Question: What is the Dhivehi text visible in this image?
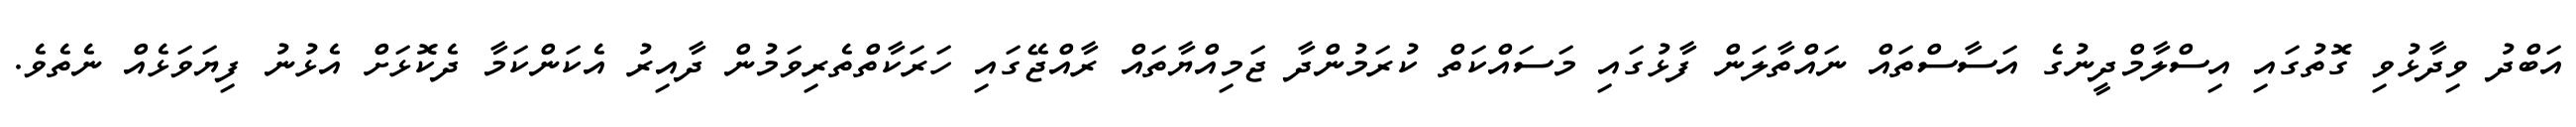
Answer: އަބްދު ވިދާޅުވި ގޮތުގައި އިސްލާމްދީނުގެ އަސާސްތައް ނައްތާލަން ފާޅުގައި މަސައްކަތް ކުރަމުންދާ ޖަމިއްޔާތައް ރާއްޖޭގައި ހަރަކާތްތެރިވަމުން ދާއިރު އެކަންކަމާ ދެކޮޅަށް އެޅުނު ފިޔަވަޅެއް ނެތެވެ.